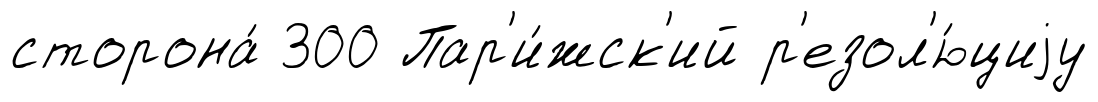
сторона́ 300 Пар'и́жск'ий р'езол'ю́циjу